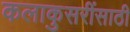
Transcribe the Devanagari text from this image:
कलाकुसरींसाठी